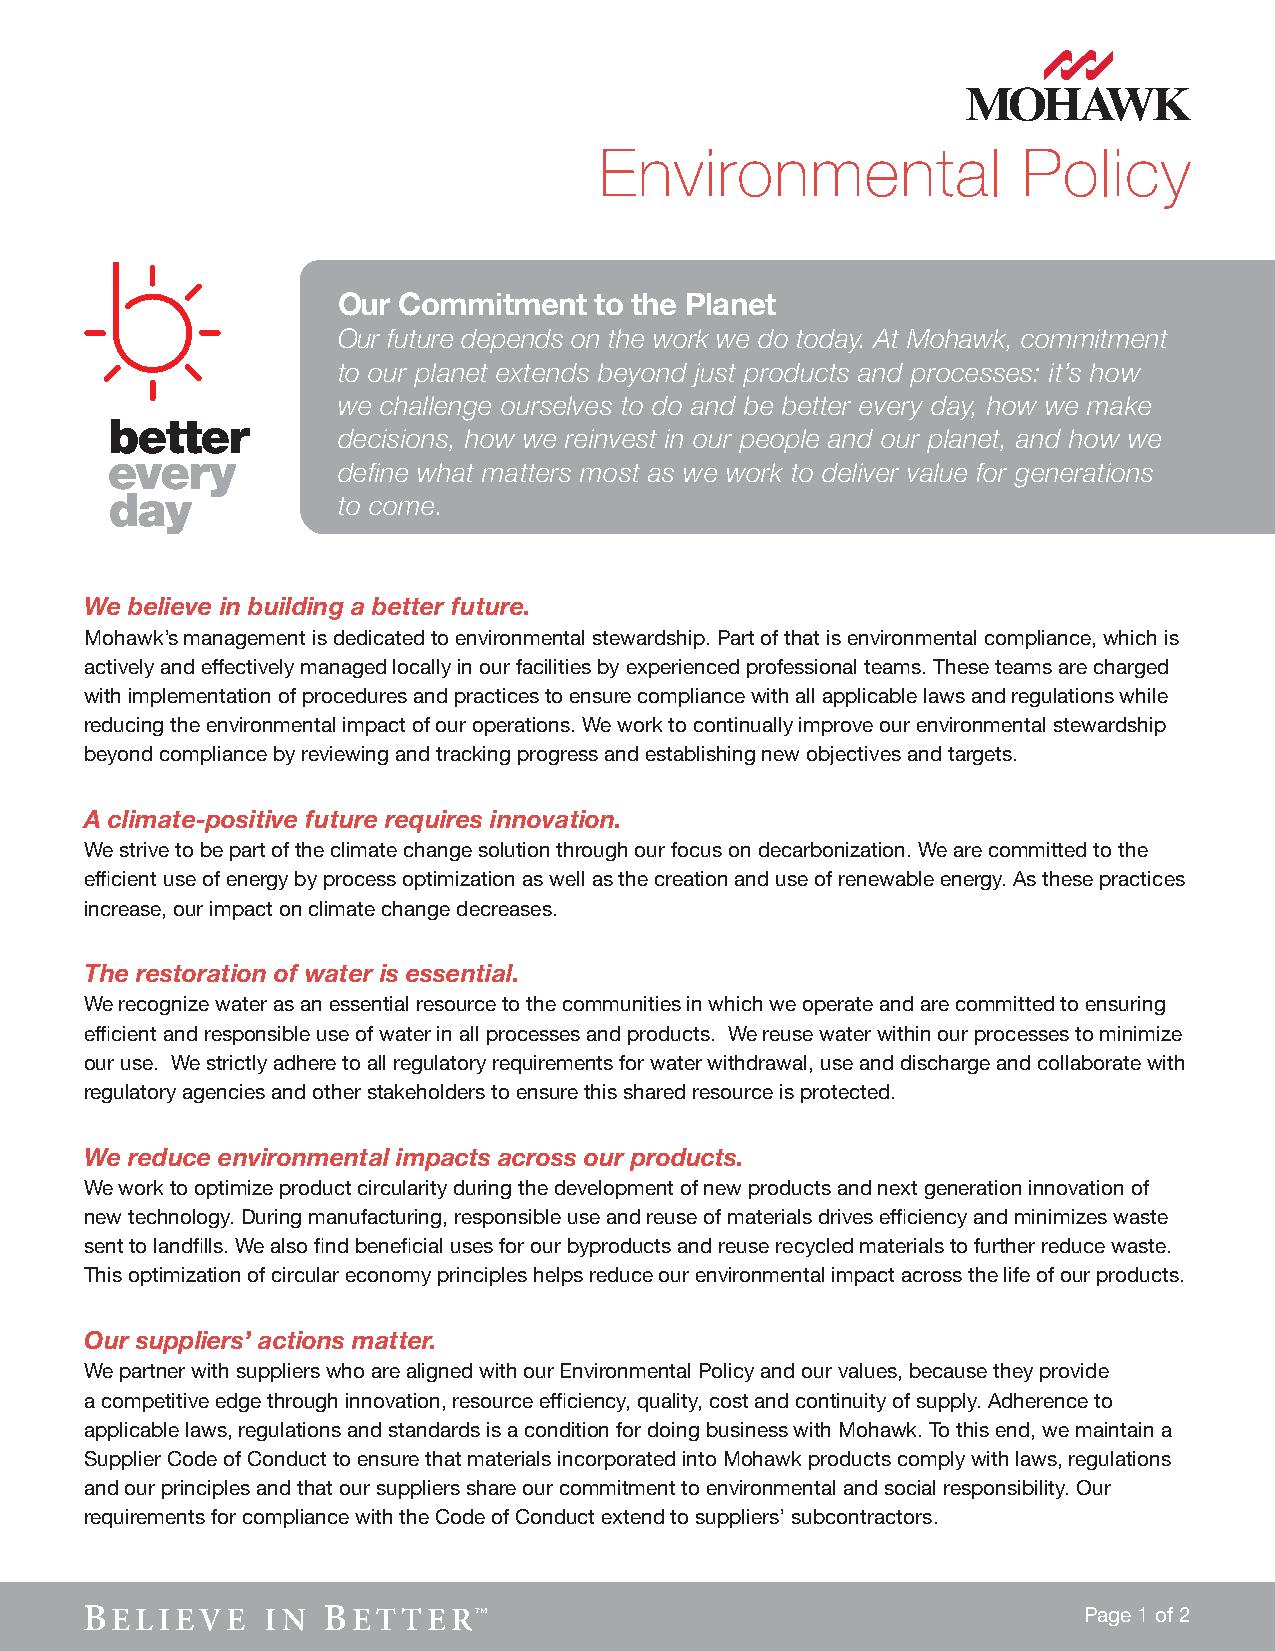
Environmental               Policy
 Our Commitment   to the Planet
 Our future depends on the work we do today. At Mohawk, commitment
 to our planet extends beyond just products and processes: it’s how
 we challenge ourselves to do and be better every day, how we make
 decisions, how we reinvest in our people and our planet, and how we
 define what matters most as we work to deliver value for generations
 to come.
 We believe in building a better future.
 Mohawk’s management is dedicated to environmental stewardship. Part of that is environmental compliance, which is
 actively and effectively managed locally in our facilities by experienced professional teams. These teams are charged
 with implementation of procedures and practices to ensure compliance with all applicable laws and regulations while
 reducing the environmental impact of our operations. We work to continually improve our environmental stewardship
 beyond compliance by reviewing and tracking progress and establishing new objectives and targets.
 A climate-positive future requires innovation.
 We strive to be part of the climate change solution through our focus on decarbonization. We are committed to the
 efficient use of energy by process optimization as well as the creation and use of renewable energy. As these practices
 increase, our impact on climate change decreases.
 The restoration of water is essential.
 We recognize water as an essential resource to the communities in which we operate and are committed to ensuring
 efficient and responsible use of water in all processes and products. We reuse water within our processes to minimize
 our use. We strictly adhere to all regulatory requirements for water withdrawal, use and discharge and collaborate with
 regulatory agencies and other stakeholders to ensure this shared resource is protected.
 We reduce environmental impacts across our products.
 We work to optimize product circularity during the development of new products and next generation innovation of
 new technology. During manufacturing, responsible use and reuse of materials drives efficiency and minimizes waste
 sent to landfills. We also find beneficial uses for our byproducts and reuse recycled materials to further reduce waste.
 This optimization of circular economy principles helps reduce our environmental impact across the life of our products.
 Our suppliers’ actions matter.
 We partner with suppliers who are aligned with our Environmental Policy and our values, because they provide
 a competitive edge through innovation, resource efficiency, quality, cost and continuity of supply. Adherence to
 applicable laws, regulations and standards is a condition for doing business with Mohawk. To this end, we maintain a
 Supplier Code of Conduct to ensure that materials incorporated into Mohawk products comply with laws, regulations
 and our principles and that our suppliers share our commitment to environmental and social responsibility. Our
 requirements for compliance with the Code of Conduct extend to suppliers’ subcontractors.
 Page 1 of 2